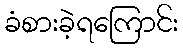
ခံစားခဲ့ရကြောင်း